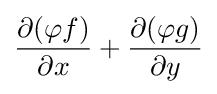
{\frac {\partial (\varphi f)}{\partial x}}+{\frac {\partial (\varphi g)}{\partial y}}